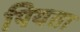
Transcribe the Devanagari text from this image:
पियता